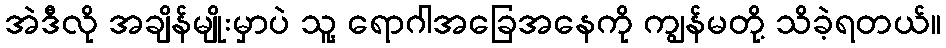
အဲဒီလို အချိန်မျိုးမှာပဲ သူ့ ရောဂါအခြေအနေကို ကျွန်မတို့ သိခဲ့ရတယ်။